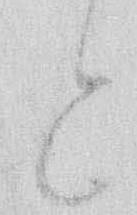
と